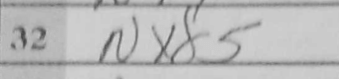
Transcription: Nxd5